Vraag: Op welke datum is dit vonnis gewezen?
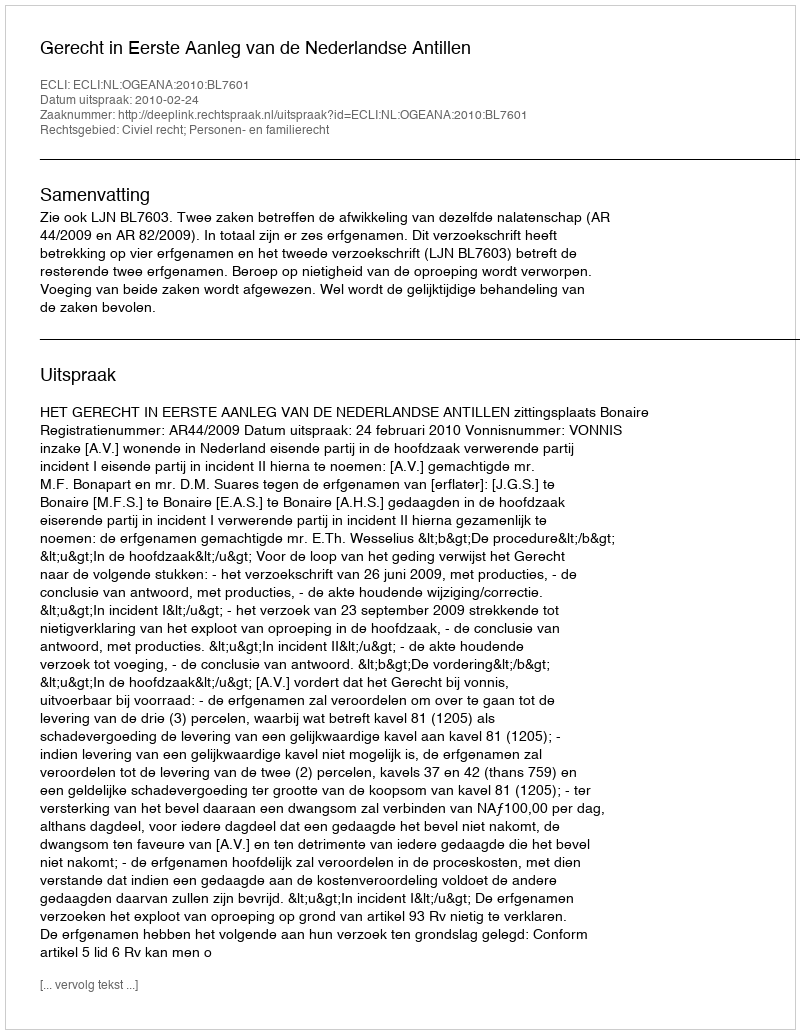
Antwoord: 2010-02-24